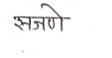
मजकूर: सजणे